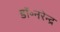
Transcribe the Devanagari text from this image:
डॉ॰नरेन्द्र